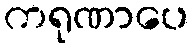
ကရုဏာပေ